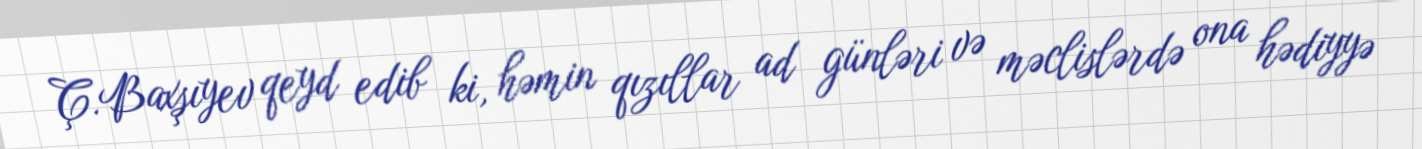
Ç.Baxşıyev qeyd edib ki, həmin qızıllar ad günləri və məclislərdə ona hədiyyə